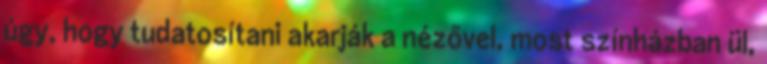
úgy, hogy tudatosítani akarják a nézővel, most színházban ül,